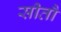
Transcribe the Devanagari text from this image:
सीतौ